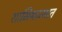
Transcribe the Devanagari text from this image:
शामियान्यात